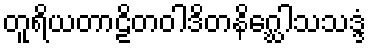
တူရိယတာဠိတဝါဒိတနိဂ္ဃေါသသဒ္ဒံ